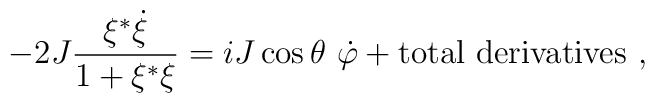
-2J{\xi^*\dot\xi\over1+\xi^*\xi}=iJ\cos\theta\ \dot\varphi+{\rm total\ derivatives}\ ,